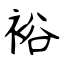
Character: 裕